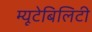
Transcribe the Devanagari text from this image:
म्यूटेबिलिटी